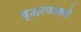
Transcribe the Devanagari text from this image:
वृद्धत्वाकडे